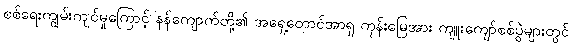
စစ်ရေးကျွမ်းကျင်မှုကြောင့် နန်ကျောက်တို့၏ အရှေ့တောင်အာရှ ကုန်းမြေအား ကျူးကျော်စစ်ပွဲများတွင်